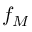
f _ { M }